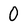
Character: 0